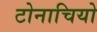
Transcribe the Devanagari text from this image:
टोनाचियो